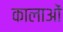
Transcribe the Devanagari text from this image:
कालाओं